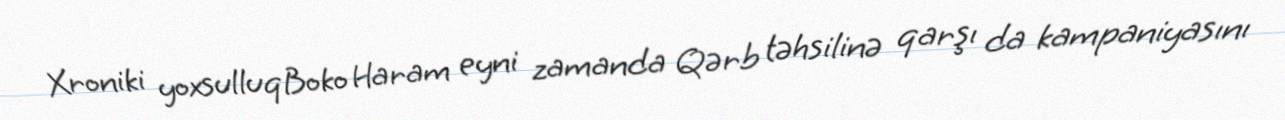
Xroniki yoxsulluqBoko Haram eyni zamanda Qərb təhsilinə qarşı da kampaniyasını